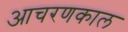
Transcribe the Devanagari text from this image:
आचरणकाल